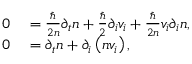
\begin{array} { r l } { 0 } & { { } = \frac { \hbar } { 2 n } \partial _ { t } n + \frac { \hbar } { 2 } \partial _ { i } v _ { i } + \frac { \hbar } { 2 n } v _ { i } \partial _ { i } n , } \\ { 0 } & { { } = \partial _ { t } n + \partial _ { i } \left( n v _ { i } \right) , } \end{array}